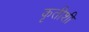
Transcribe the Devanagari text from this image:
कृतीशी